Indian journal of veterinary science and animal husbandry - Volume 4,
Year: 1934
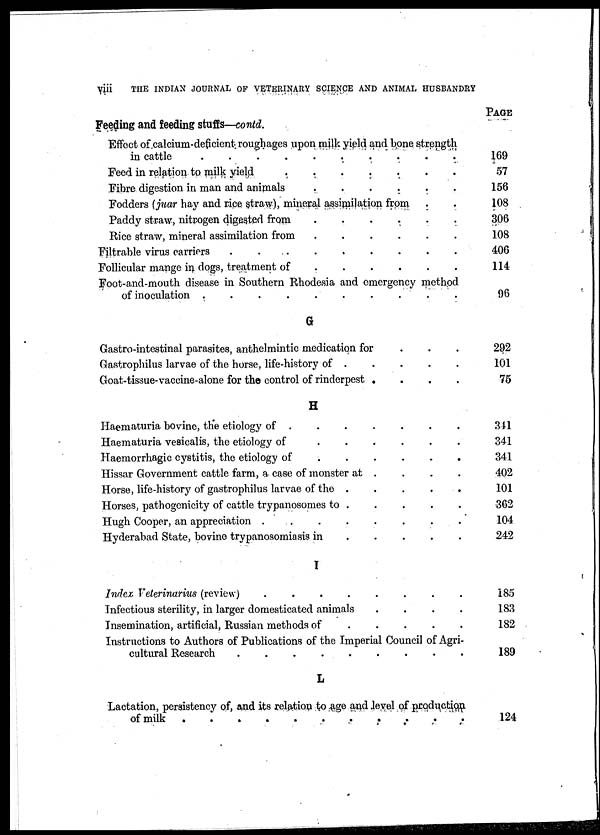
viii
THE INDIAN JOURNAL OF VETERINARY SCIENCE AND ANIMAL HUSBANDRY
Feeding and feeding stuffs—contd.
Effect of calcium-deficient roughages upon milk yield and bone strength
in cattle . . . . . . . . . .
Feed in relation to milk yield . . . . . . .
Fibre digestion in man and animals
.
.
.
.
.
.
Fodders (juar hay and rice straw), mineral assimilation from . .
Paddy straw, nitrogen digested from
.
.
.
.
.
.
Rice straw, mineral assimilation from
.
.
.
.
.
.
Filtrable virus carriers
.
.
.
.
.
.
.
.
.
Follicular mange in dogs, treatment of
.
.
.
.
.
.
Foot-and-mouth disease in Southern Rhodesia and emergency method
of inoculation .
.
.
.
.
.
.
.
.
.
G
Gastro-intestinal parasites, anthelmintic medication for . . .
Gastrophilus larvae of the horse, life-history of
.
.
.
.
.
.
Goat-tissue-vaccine-alone for the control of rinderpest .
.
.
.
H
Haematuria bovine, the etiology of .
.
.
.
.
.
.
Haematuria vesicalis, the etiology of
.
.
.
.
.
.
Haemorrhagic cystitis, the etiology of
.
.
.
.
. . .
Hissar Government cattle farm, a case of monster at . . . .
Horse, life-history of gastrophilus larvae of the .
.
.
.
.
Horses, pathogenicity of cattle trypanosomes to . . . . . .
Hugh Cooper, an appreciation .
.
.
.
.
.
.
Hyderabad State, bovine trypanosomiasis in
.
.
.
.
.
I
Index Veterinarius (review)
.
.
.
.
.
.
.
.
Infectious sterility, in larger domesticated animals
.
.
.
.
Insemination, artificial, Russian methods of
.
.
.
.
.
Instructions to Authors of Publications of the Imperial Council of Agri-
cultural Research
.
.
.
.
.
.
.
.
.
L
Lactation, persistency of, and its relation to age and level of production
of milk . . . . . . . . . . . .
PAGE
169
57
156
108
306
108
406
114
96
292
101
75
341
341
341
402
101
362
104
242
185
183
182
189
124